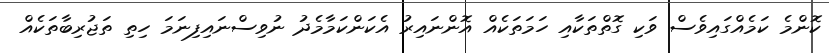
ކޮންމެ ކަމެއްގައިވެސް ވަކި ގޮތްތަކާއި ހަމަތަކެއް އޮންނައިރު އެކަންކަމާމެދު ނުވިސްނައިފިނަމަ ހިތި ތަޖުރިބާތަކެއް